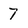
Character: 7